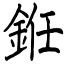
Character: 銋